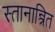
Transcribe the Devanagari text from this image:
स्तानान्त्रित